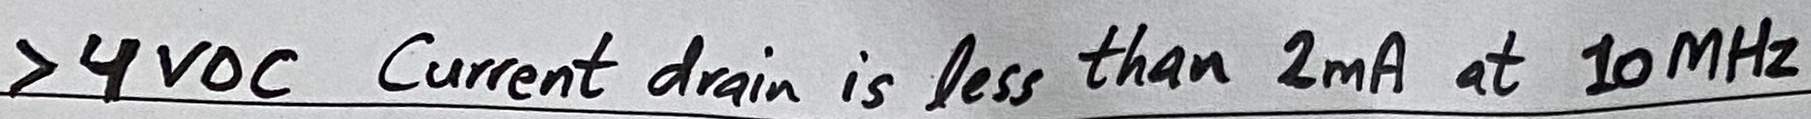
Text: >4VDC Current drain is less than 2mA at 10MHz